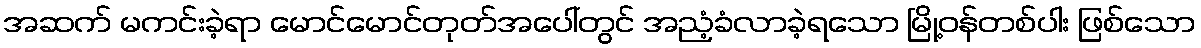
အဆက် မကင်းခဲ့ရာ မောင်မောင်တုတ်အပေါ်တွင် အညံ့ခံလာခဲ့ရသော မြို့ဝန်တစ်ပါး ဖြစ်သော